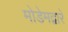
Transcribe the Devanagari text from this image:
मोडेमद्वारे